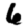
Digit: 6